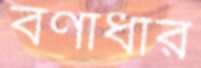
বর্ণাধার